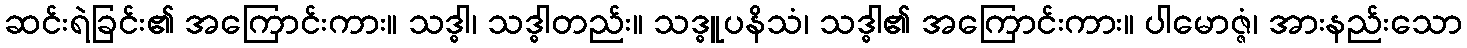
ဆင်းရဲခြင်း၏ အကြောင်းကား။ သဒ္ဓါ၊ သဒ္ဓါတည်း။ သဒ္ဓူပနိသံ၊ သဒ္ဓါ၏ အကြောင်းကား။ ပါမောဇ္ဇံ၊ အားနည်းသော